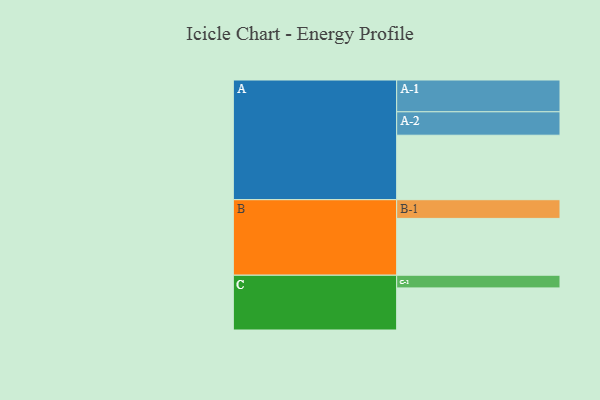
{"axis": {"x": "Segment", "y": "Value"}, "legend": ["", "A", "B", "C"], "data": [{"x": "A", "y": 590, "type": ""}, {"x": "B", "y": 520, "type": ""}, {"x": "C", "y": 385, "type": ""}, {"x": "A-1", "y": 291, "type": "A"}, {"x": "A-2", "y": 214, "type": "A"}, {"x": "B-1", "y": 171, "type": "B"}, {"x": "C-1", "y": 116, "type": "C"}]}